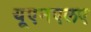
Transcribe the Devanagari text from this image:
यूएनएलए